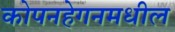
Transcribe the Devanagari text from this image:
कोपनहेगनमधील